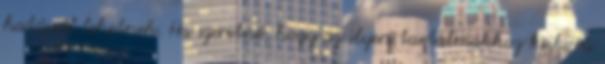
hatással lehetnek. Ha szeretné, hogy az ilyen tartalmakhoz kiskorú